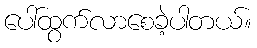
ပေါ်ထွက်လာစေခဲ့ပါတယ်။